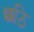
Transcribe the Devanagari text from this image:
छठि